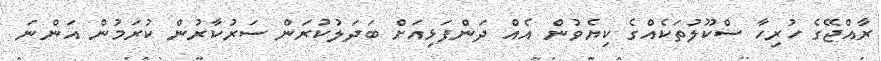
ރާއްޖޭގެ ހުރިހާ ސްކޫލުތަކެއްގެ ކިޔެވުން އެއް ދަންފަޅިއަށް ބަދަލުކުރަން ސަރުކާރުން ކުރަމުން އަންނަ